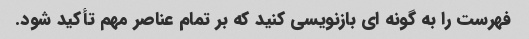
فهرست را به گونه ای بازنویسی کنید که بر تمام عناصر مهم تأکید شود.